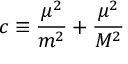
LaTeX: c \equiv \frac { \mu ^ { 2 } } { m ^ { 2 } } + \frac { \mu ^ { 2 } } { M ^ { 2 } }